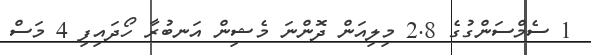
1 ސެމްސަންގުގެ 2.8 މިލިއަން ދޮންނަ މެޝިން އަނބުރާ ހޯދައިފި 4 މަސް